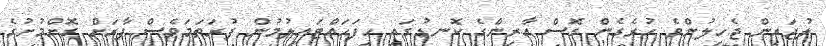
ލުޖައިން ޖެހިލުންވެ ހުރެގެން ގޮސް އާރިންގެ ކޮނޑުގައި ހިފަހައްޓައިލުމުން ފުރަތަމަވެސް ފާރަށް ގޮށްމުށުގެ